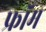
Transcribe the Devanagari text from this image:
फ्राॅम